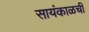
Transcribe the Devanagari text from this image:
सायंकाळची